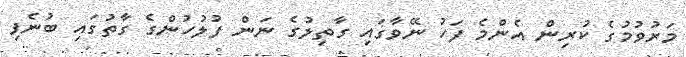
މަރުވުމުގެ ކުރިން އެންމެ ފަހު ނޭވާގައި ގާތިލުގެ ނަން ފުލުހުންގެ ގާތުގައި ބުނެފި